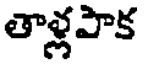
తాళ్లపాక